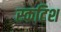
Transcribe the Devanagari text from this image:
स्कटिश